Vaccination in the Punjab 1867-1880 - 1867-1880
Year: 1867
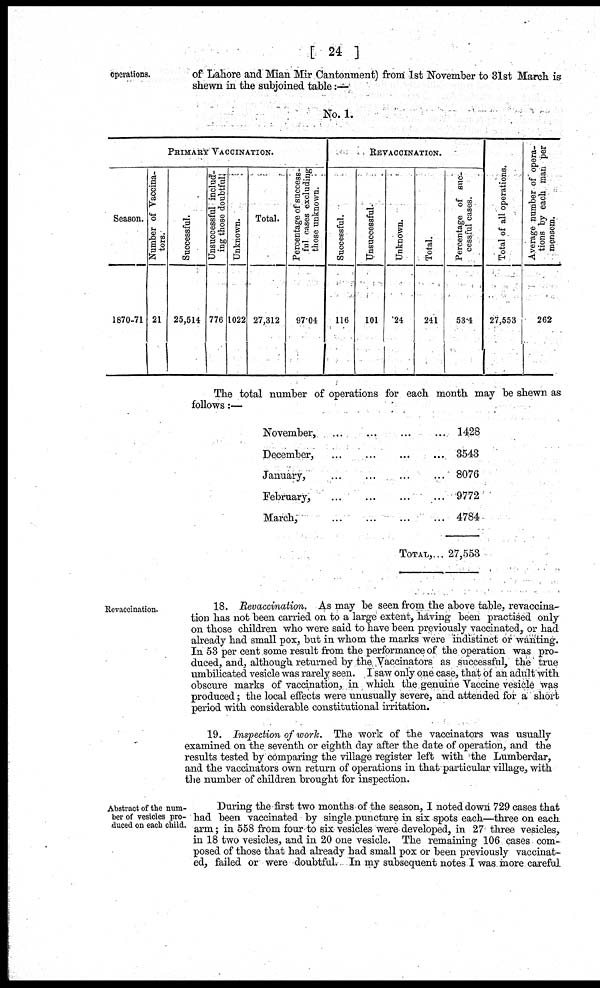
[ 24 ]
operations.
of Lahore and Mian Mir Cantonment) from 1st November to 31st March is
shewn in the subjoined table:—
No. 1.
PRIMARY VACCINATION.
Season.
1870-71
Number of Vaccina-
tors.
21
Successful.
25,514
Unsuccessful includ-
ing those doubtful.
776
Unknown.
1022
Total.
27,312
Percentage of success-
ful cases excluding
those unknown.
97.04
REVACCINATION.
Successful.
116
Unsuccessful.
101
Unknown.
24
Total.
241
Percentage of suc-
cessful cases.
53.4
Total of all operations.
27,553
Average number of opera-
tions by each man per
mensem.
262
The total number of operations for each month may be shewn as
follows:—
November,
December,
January,
February,
March,
...
...
...
...
...
...
...
...
...
...
...
...
...
...
...
TOTAL,
...
...
...
...
...
...
1428
3543
8076
9772
4784
27,553
Revaccination.
18. Revaccination. As may be seen from the above table, revaccina-
tion has not been carried on to a large extent, having been practised only
on those children who were said to have been previously vaccinated, or had
already had small pox, but in whom the marks were indistinct or wanting.
In 53 per cent some result from the performance of the operation was pro-
duced, and, although returned by the Vaccinators as successful, the true
umbilicated vesicle was rarely seen. I saw only one case, that of an adult with
obscure marks of vaccination, in which the genuine Vaccine vesicle was
produced; the local effects were unusually severe, and attended for a short
period with considerable constitutional irritation.
19. Inspection of work. The work of the vaccinators was usually
examined on the seventh or eighth day after the date of operation, and the
results tested by comparing the village register left with the Lumberdar,
and the vaccinators own return of operations in that particular village, with
the number of children brought for inspection.
Abstract of the num-
ber of vesicles pro-
duced on each child.
During the first two months of the season, I noted down 729 cases that
had been vaccinated by single puncture in six spots each—three on each
arm; in 558 from four to six vesicles were developed, in 27 three vesicles,
in 18 two vesicles, and in 20 one vesicle. The remaining 106 cases com-
posed of those that had already had small pox or been previously vaccinat-
ed, failed or were doubtful. In my subsequent notes I was more careful